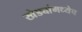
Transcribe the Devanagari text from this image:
खेड्यांमध्येच